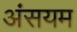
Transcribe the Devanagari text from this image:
अंसयम